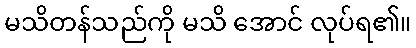
မသိတန်သည်ကို မသိ အောင် လုပ်ရ၏။